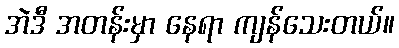
အဲဒီ အတန်းမှာ နေရာ ကျန်သေးတယ်။